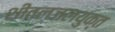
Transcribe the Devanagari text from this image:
शीतलजलयुक्त